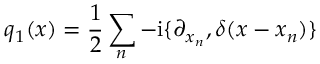
q _ { 1 } ( x ) = \frac 1 2 \sum _ { n } - \mathrm { i } \{ \partial _ { x _ { n } } , \delta ( x - x _ { n } ) \}